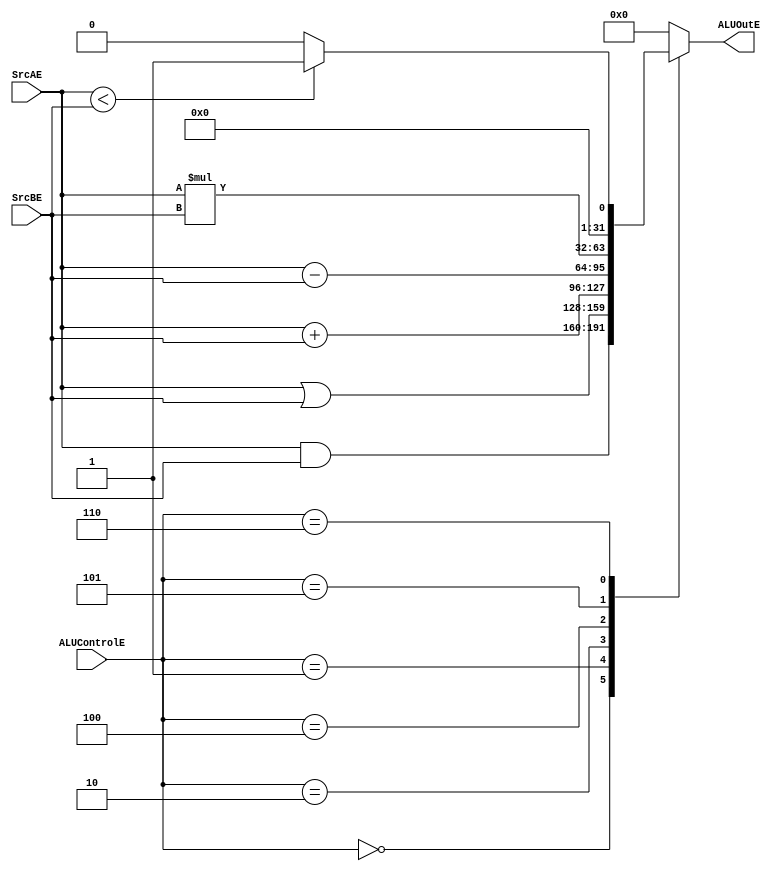
module ALU(
input       [31:0]  SrcAE,SrcBE,
input       [2:0]   ALUControlE,
output  reg [31:0]  ALUOutE
);

always@(*)
begin
    case (ALUControlE)
        3'b000: //AND
            ALUOutE = SrcAE & SrcBE;
        3'b001: //OR
            ALUOutE = SrcAE | SrcBE;
        3'b010: //plus
            ALUOutE = SrcAE + SrcBE;
        3'b100: //minus
            ALUOutE = SrcAE - SrcBE;
        3'b101: //multiplication
            ALUOutE = SrcAE * SrcBE;
        3'b110: //SLT
            begin
                if(SrcAE<SrcBE)
                    ALUOutE = 32'b1;
                else 
                    ALUOutE = 32'b0;
            end
        default: ALUOutE = 32'b0;
    endcase
end

endmodule